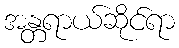
အန္တရာယ်ဆိုင်ရာ